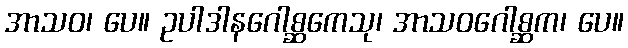
အာသဝ၊ ပေ။ ဥပါဒါနဂေါစ္ဆကေသု၊ အာသဝဂေါစ္ဆက၊ ပေ။